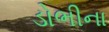
ડોભીના